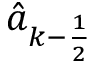
\hat { a } _ { k - \frac 1 2 }